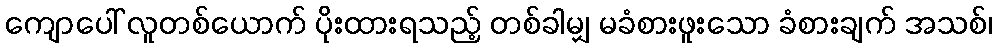
ကျောပေါ် လူတစ်ယောက် ပိုးထားရသည့် တစ်ခါမျှ မခံစားဖူးသော ခံစားချက် အသစ်၊